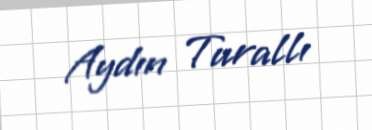
Aydın Turallı